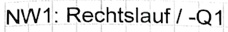
Text: NW1: Rechtslauf / -Q1